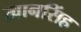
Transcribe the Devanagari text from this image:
खानसिंह